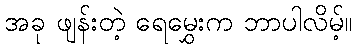
အခု ဖျန်းတဲ့ ရေမွှေးက ဘာပါလိမ့်။